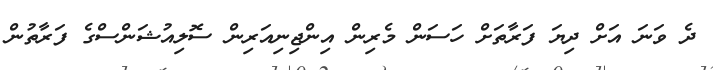
ދެ ވަނަ އަށް ދިޔަ ފަރާތަށް ހަސަން މެރިން އިންޖިނިއަރިން ސޮލިއުޝަންސްގެ ފަރާތުން